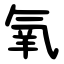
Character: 氧